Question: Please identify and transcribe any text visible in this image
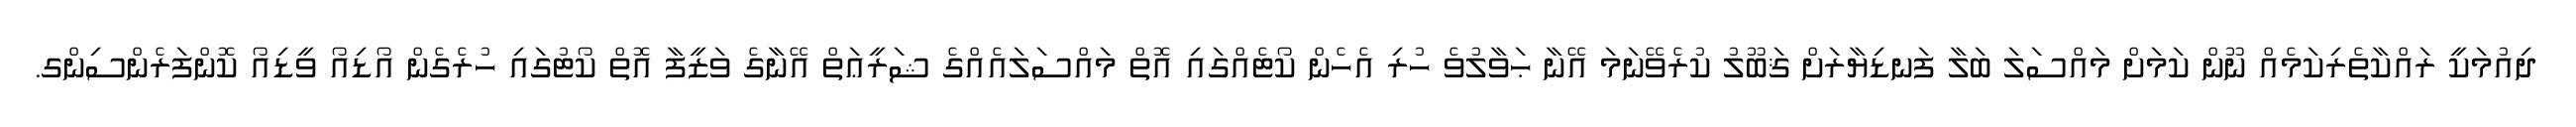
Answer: ދިއުމަކީ ރައްކާތެރިކަމެއް ނޫން ކަމަށް މައްސަލަ ބަލާ ފަނޑިޔާރަށް ޤަބޫލު ކުރެވޭނަމަ އޭނާ ޙަވާލުވެ ހުރި އެހެން ކޯޓެއްގައި އޮތް މައްސަލައެއްގެ ޝަރީޢަތް އޭނާގެ ވަޒީފާ އޮތް ކޯޓުގައި ހުރެގެން އޯޑިއޯ ވީޑިއޯ ކޮންފަރެންސިންގ.